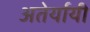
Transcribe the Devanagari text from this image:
अतेर्यायी